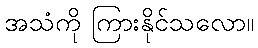
အသံကို ကြားနိုင်သလော။